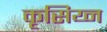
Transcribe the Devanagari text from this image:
कृसिय्न